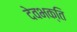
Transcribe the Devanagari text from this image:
देवभक्ति